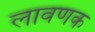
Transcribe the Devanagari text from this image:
लावणक